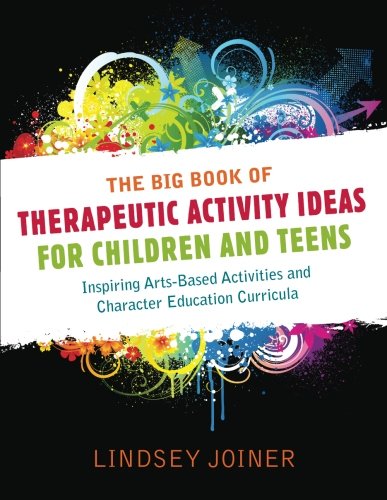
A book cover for The Big Book of Therapeautic Activity Ideas for Children and Teens: Inspiring Arts-Based Activities and Character Education Curricula; Lindsey Joiner; Education & Teaching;